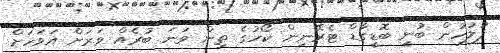
ފުލުހުން ބުނީ ބޮޑީގާޑް ޓެރޭނިން ކޯހުގެ ތިން ވަނަ ބުރެއް ވަރަށް އަވަހަށް